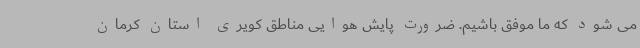
می شود که ما موفق باشیم. ضرورت پایش هوایی مناطق کویری استان کرمان